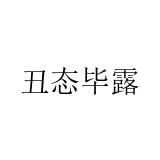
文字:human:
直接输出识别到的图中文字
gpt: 丑态毕露